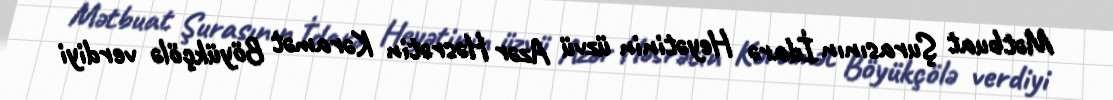
Mətbuat Şurasının İdarə Heyətinin üzvü Azər Həsrətin Kəramət Böyükçölə verdiyi